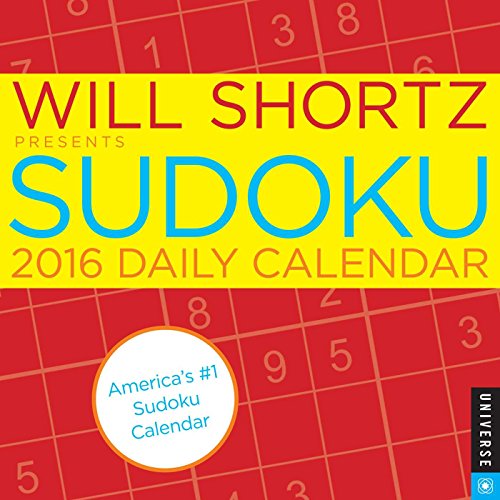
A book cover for Will Shortz Presents Sudoku 2016 Daily Calendar; Will Shortz; Calendars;